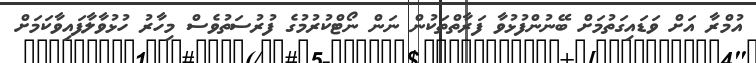
އުމްރާ އަށް ވަޑައިގަތުމަށް ބޭނުންފުޅުވާ ފަރާތްތަކުން ނަން ނޯޓްކުރުމުގެ ފުރުސަތުވެސް މިހާރު ހުޅުވާލާފައިވާކަމަށް